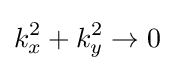
k_{x}^{2}+k_{y}^{2}\rightarrow 0